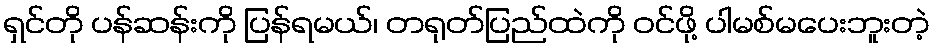
ရှင်တို ပန်ဆန်းကို ပြန်ရမယ်၊ တရုတ်ပြည်ထဲကို ဝင်ဖို့ ပါမစ်မပေးဘူးတဲ့